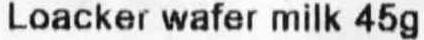
LOACKER WAFER MILK 45G